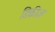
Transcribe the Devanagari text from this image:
डिकीज़